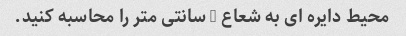
محیط دایره ای به شعاع 4 سانتی متر را محاسبه کنید.